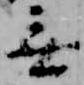
無